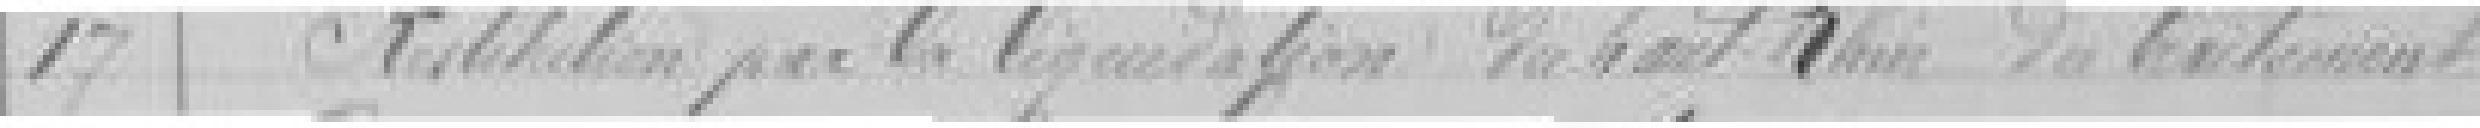
17. Restitution par la liquidation du Haut Rhin du traitement